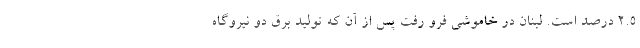
۲.۵ درصد است. لبنان در خاموشی فرو رفت پس از آن که تولید برق دو نیروگاه